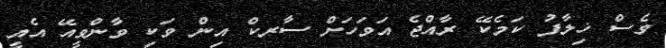
ވެސް ޚިލާފު ކަމެކޭ ރާއްޖެ އަވަހަށް ސާރކް އިން ވަކި ވާންވީއޭ އެއީ